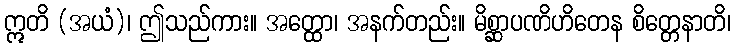
ဣတိ (အယံ)၊ ဤသည်ကား။ အတ္ထော၊ အနက်တည်း။ မိစ္ဆာပဏိဟိတေန စိတ္တေနာတိ၊